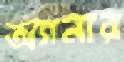
অ্যানার